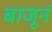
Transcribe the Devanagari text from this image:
बाजूनं